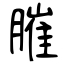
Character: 膗